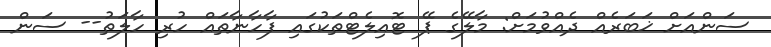
ސަންއަށް ޚަބަރެއް ދެއްވުމަށް: މާލޭގެ ޕޭ ޓޮއިލެޓްތަކުގައި ފާހާނާތައް ހުރި ހާލަތު-- ސަން